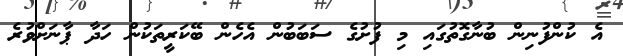
އެ ކުންފުނިން ބުނާގޮތުގައި މި ފުށުގެ ސަބަބުން އެހެން ބޭކަރީތަކުން ހަދާ ޕާނަށްވުރެ